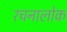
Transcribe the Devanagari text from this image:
रचनालोक